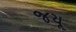
જયૂ